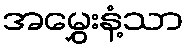
အမွှေးနံ့သာ